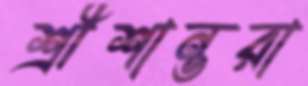
শ্রীশান্তরা